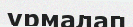
ұрмалап